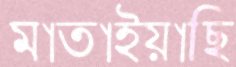
মাতাইয়াছি